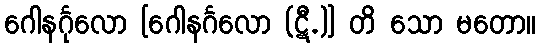
ဂေါနင်္ဂုလော [ဂေါနင်္ဂလော (ဋီ.)] တိ သော မတော။